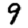
Digit: 9